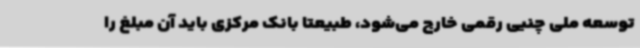
توسعه ملی چنیی رقمی خارج می‌شود، طبیعتا بانک مرکزی باید آن مبلغ را